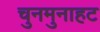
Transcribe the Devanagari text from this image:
चुनमुनाहट